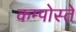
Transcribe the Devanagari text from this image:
कम्पोस्ते